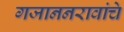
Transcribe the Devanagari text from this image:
गजाननरावांचे